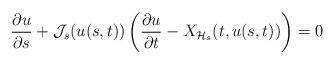
LaTeX: \begin{align*} \frac{\partial u}{\partial s} + \mathcal J_s(u(s,t)) \left( \frac{\partial u}{\partial t} - X_{\mathcal H_s}(t, u(s,t)) \right) =0 \end{align*}